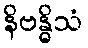
နိဗန္ဓိသံ